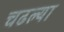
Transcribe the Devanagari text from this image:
चढल्या